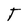
Character: T